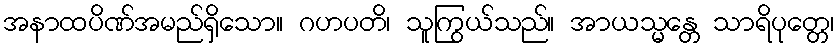
အနာထပိဏ်အမည်ရှိသော။ ဂဟပတိ၊ သူကြွယ်သည်။ အာယသ္မန္တေ သာရိပုတ္တေ၊